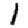
Digit: 1